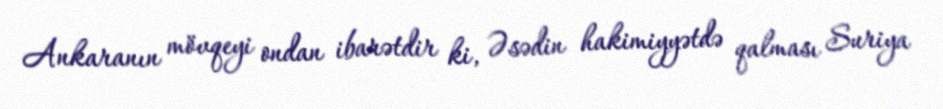
Ankaranın mövqeyi ondan ibarətdir ki, Əsədin hakimiyyətdə qalması Suriya